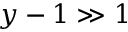
y - 1 \gg 1